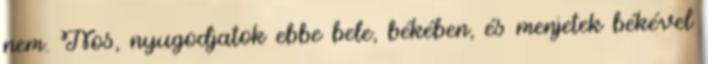
nem. Nos, nyugodjatok ebbe bele, békében, és menjetek békével